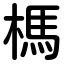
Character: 榪